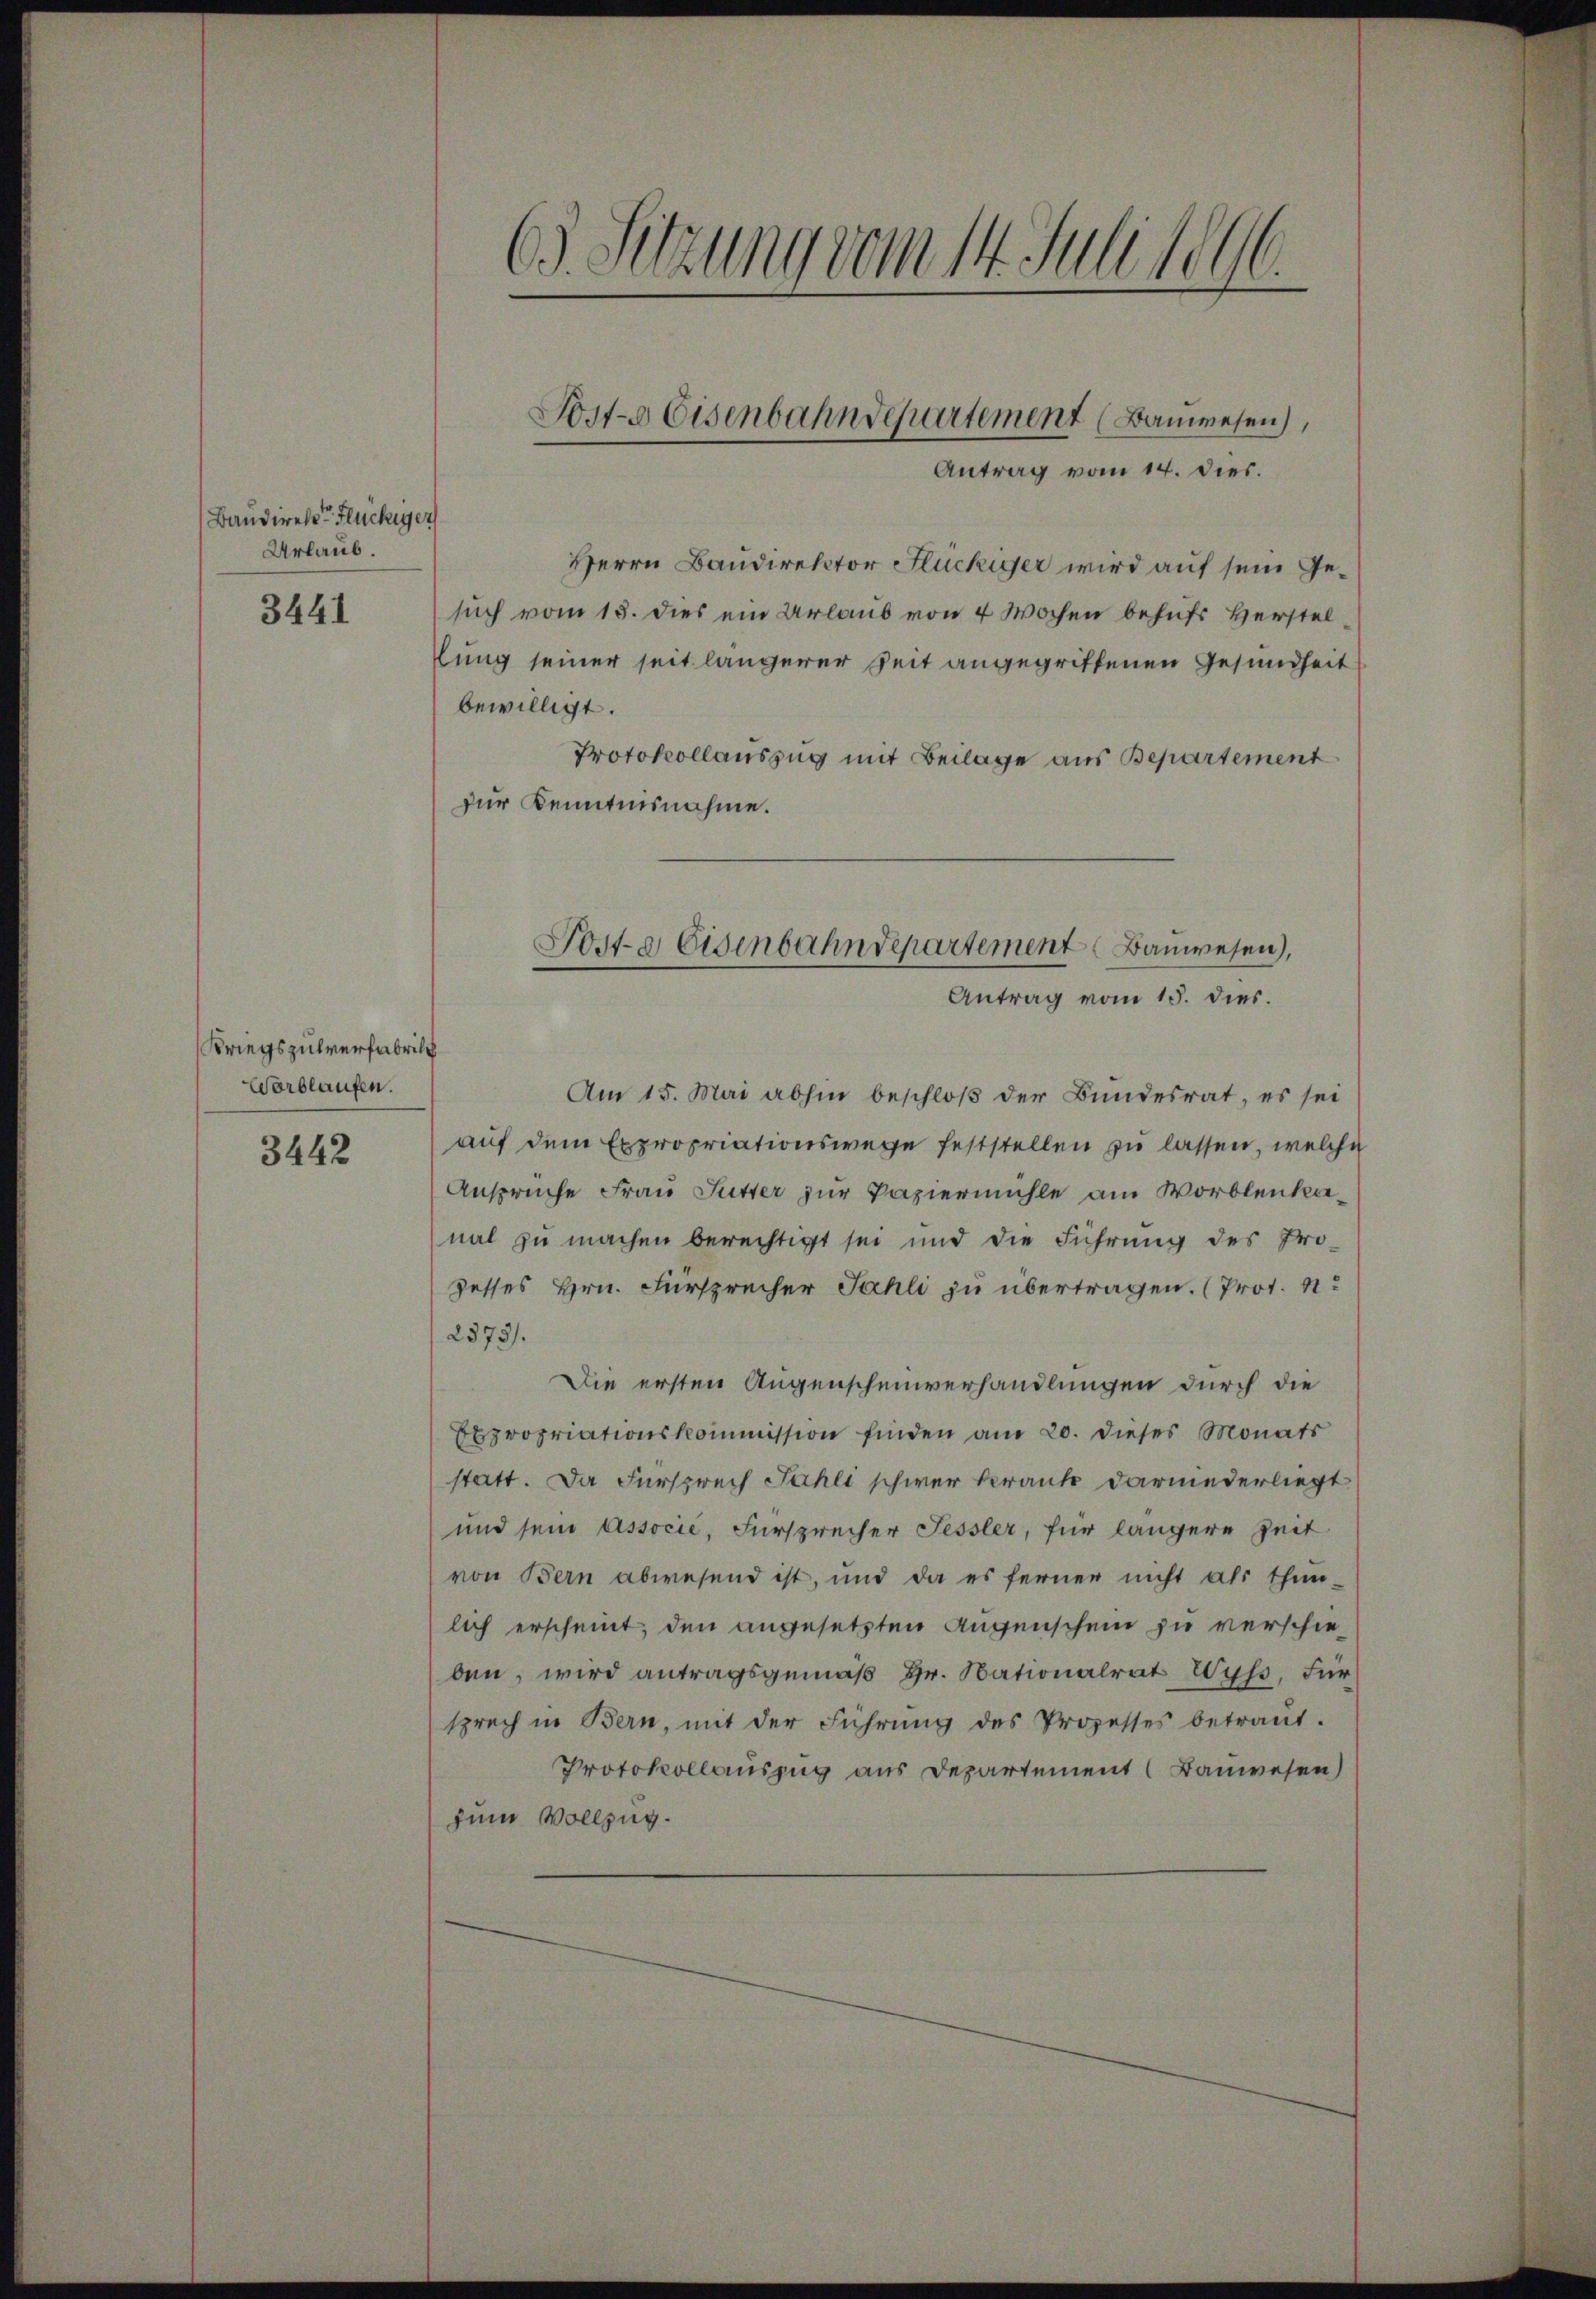
Baudirekt Flückiger
Urlaub.

3441

Kriegszulverfabrich
Worblaufen.

3442

63. Sitzung vom 14. Juli 1896.

Herrn Baudirektor Flückiger wird auf sein Gesuch vom 18. dies ein Urlaub von 4 Wochen behufs Herstellung seiner seit längerer Zeit angegriffenen Gesundheit
bewilligt.
Protokollauszug mit Beilage aus Bepartement
zur Kenntnisnahme.
Am 15. Mai abhin beschloß der Bundesrat, es sei
auf dem Expropriationswege feststellen zu lassen, welche
Anspruche Frau Sutter zur Papiermühle am Worblenkanal zu machen berechtigt sei und die Führung des Pro
zesses Hrn. Fürsprecher Jahli zu übertragen. (Prot. N
2373.
Die ersten Augenscheinverhandlungen durch die
Expropriationskommission finden am 20. dieses Monats
statt. Da Fürsprech Fahli schwer krank darniederliegt
und sein Associe, Fürsprecher Fessler, für längere Zeit
von Bern abwesend ist, und da es ferner nicht als thun-
lich erscheint, den angesetzten Augenschein zu verschieben, wird antragsgemäß Hr. Nationalrat Wyss, Für
sprech in Bern, mit der Führung des Prozesses betraut.
Protokollauszug aus Departement (Bauwesen)
zem Vollzug.

Post. Eisenbahndepartement (Bauwesen),
Antrag vom 14. dies.

Poste Eisenbahndepartement Bauwesen),
Antrag vom 15. dies.